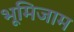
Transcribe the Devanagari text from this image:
भूमिजाम